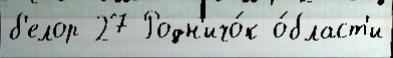
б'елор 27 Родн'ичо́к о́бласт'и